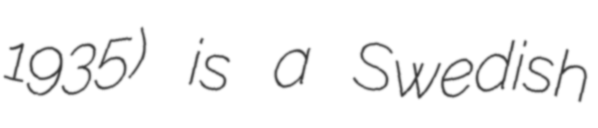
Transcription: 1935) is a Swedish